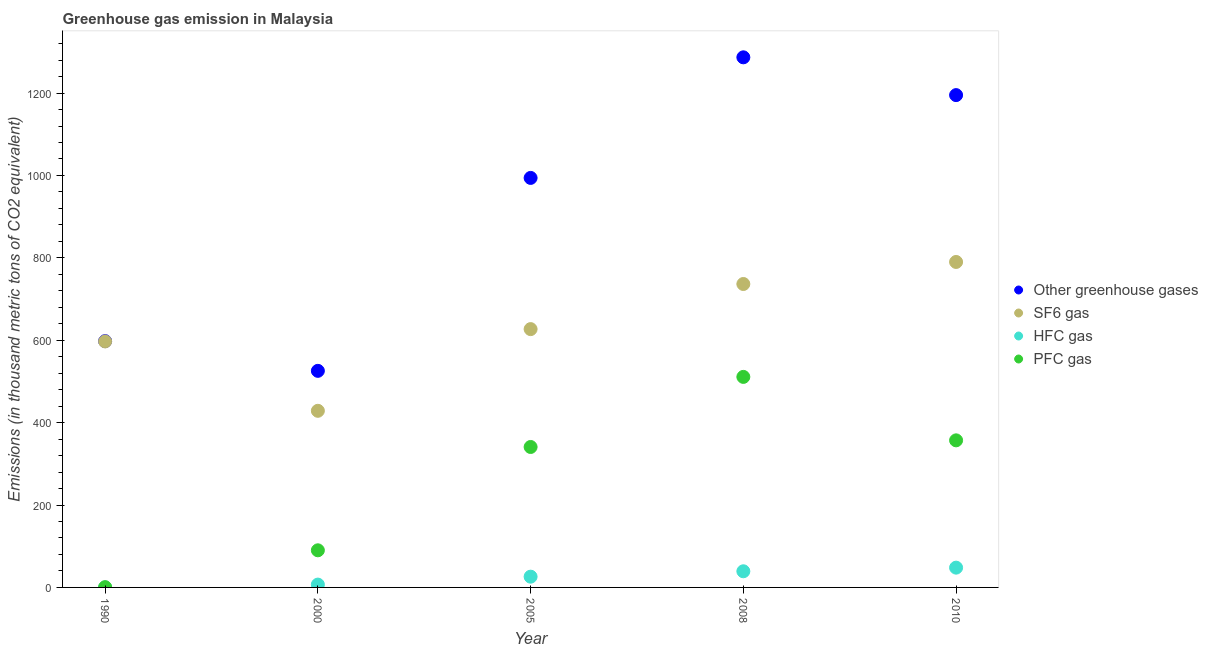
| Year | Other greenhouse gases | SF6 gas | HFC gas | PFC gas |
 | --- | --- | --- | --- | --- |
 | 1990 | 598 | 597 | 0.1 | 0.6 |
 | 2000 | 526 | 429 | 6.9 | 90.1 |
 | 2005 | 994 | 627 | 26.1 | 341 |
 | 2008 | 1.29e+03 | 736 | 39.2 | 511 |
 | 2010 | 1.2e+03 | 790 | 48 | 357 |